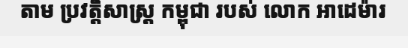
តាម ប្រវត្តិសាស្ត្រ កម្ពុជា របស់ លោក អាដេម៉ារ